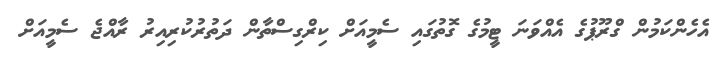
އެހެންކަމުން ގްރޫޕުގެ އެއްވަނަ ޓީމުގެ ގޮތުގައި ސެމީއަށް ކިރްގިސްތާން ދަތުރުކުރިއިރު ރާއްޖެ ސެމީއަށް